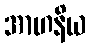
အာဟနိယ